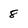
Character: 8